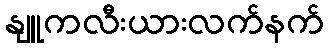
နျူကလီးယားလက်နက်